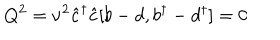
LaTeX: Q ^ { 2 } = { \nu } ^ { 2 } \hat { c } ^ { \dagger } \hat { c } [ b - d , b ^ { \dagger } - d ^ { \dagger } ] = 0